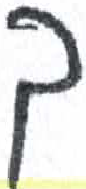
אות: ך